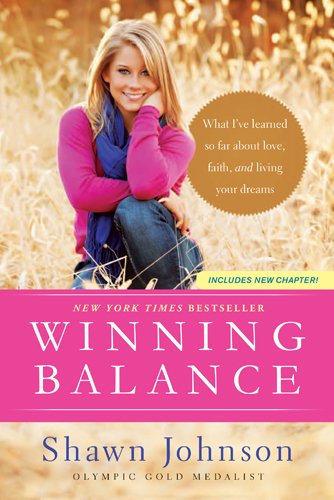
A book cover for Winning Balance: What I've Learned So Far about Love, Faith, and Living Your Dreams; Shawn Johnson; Sports & Outdoors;